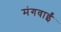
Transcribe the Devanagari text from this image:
मंगवाईं